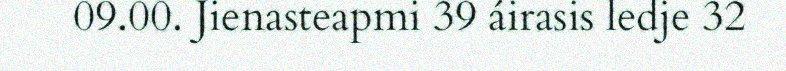
09.00. Jienasteapmi 39 áirasis ledje 32